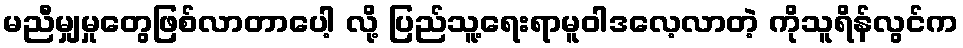
မညီမျှမှုတွေဖြစ်လာတာပေါ့ လို့ ပြည်သူ့ရေးရာမူဝါဒလေ့လာတဲ့ ကိုသူရိန်လွင်က